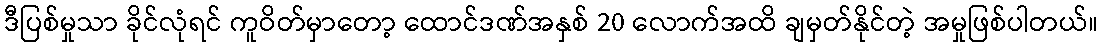
ဒီပြစ်မှုသာ ခိုင်လုံရင် ကူဝိတ်မှာတော့ ထောင်ဒဏ်အနှစ် 20 လောက်အထိ ချမှတ်နိုင်တဲ့ အမှုဖြစ်ပါတယ်။